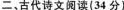
二、古代诗文阅读(34分)